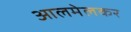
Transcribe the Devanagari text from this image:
आलमेलकर